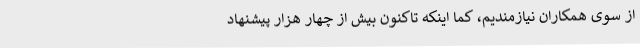
از سوی همکاران نیازمندیم، کما اینکه تاکنون بیش از چهار هزار پیشنهاد